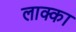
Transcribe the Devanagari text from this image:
लाक्का